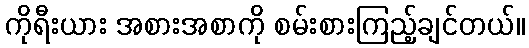
ကိုရီးယား အစားအစာကို စမ်းစားကြည့်ချင်တယ်။